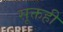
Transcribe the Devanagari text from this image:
सूक्तही